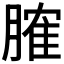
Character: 𦞦